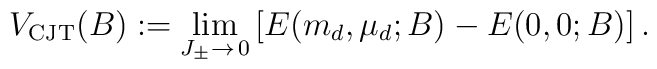
V_{\rm CJT}(B) := \lim_{J_\pm \to\,0}  \left[ E(m_d, \mu_d;B) -E(0,0;B) \right].